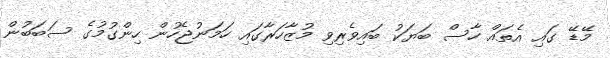
މޭޑޭ ގައި އެތައް ހާސް ބަޔަކު ބައިވެރިވި މުޒާހަރާގައި ހަމަނުޖެހުން ހިންގުމުގެ ސަބަބުން